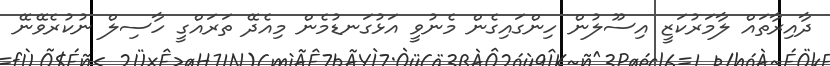
ދާއިރާތައް ލާމަރުކަޒީ އިސޫލުން ހިންގައިގެން މެނުވީ އަޅުގަނޑުމެން މިއެދޭ ތަރައްގީ ހާސިލް ނުކުރެވޭނޭ